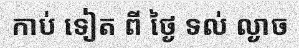
កាប់ ទៀត ពី ថ្ងៃ ទល់ ល្ងាច